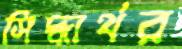
সিদ্ধার্থর